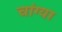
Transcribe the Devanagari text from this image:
चांग्या